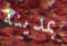
بمدينة